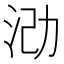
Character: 𪵶